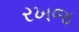
રખજ